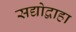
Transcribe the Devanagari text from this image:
सद्योद्वाहा